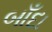
બાઁદા